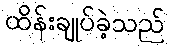
ထိန်းချုပ်ခဲ့သည်